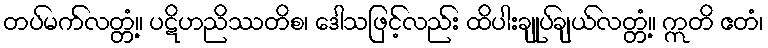
တပ်မက်လတ္တံ့။ ပဋိဟညိဿတိစ၊ ဒေါသဖြင့်လည်း ထိပါးချုပ်ချယ်လတ္တံ့။ ဣတိ ဧတံ၊